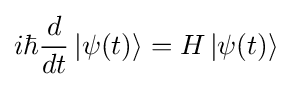
i\hbar {\frac {d}{dt}}\left|\psi (t)\right\rangle =H\left|\psi (t)\right\rangle